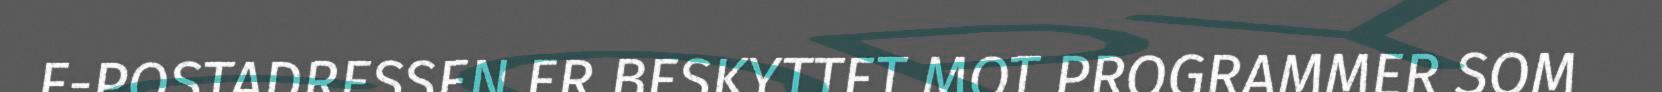
E-POSTADRESSEN ER BESKYTTET MOT PROGRAMMER SOM